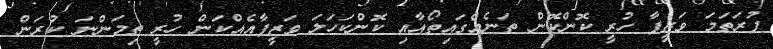
ފުރަތަމަ ވަޒީފާ ހުރީ ކޮންކޮން ތަނެއްގައިތޯއާއި ކޮންކަހަލަ ވަޒީފާއެއްކަން ހުރީ ތިމަންނަ ކުރަން